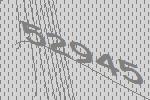
52945